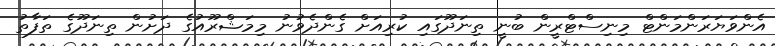
އެންވަޔަރަންމަންޓް މިނިސްޓްރީން ބުނީ ތިނަދޫގައި ކުރިއަށް ގެންދެވުނު މިމަޝްރޫއުގެ ދަށުން ތިނަދޫގެ ތަފާތު